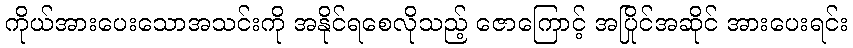
ကိုယ်အားပေးသောအသင်းကို အနိုင်ရစေလိုသည့် ဇောကြောင့် အပြိုင်အဆိုင် အားပေးရင်း